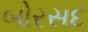
બોરસદ